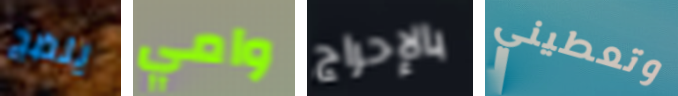
ينضج وامي بالإحراج وتعطيني